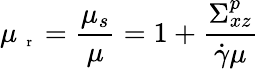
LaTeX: \mu_{\mathrm{~\scriptsize~r~}}=\frac{\mu_{s}}{\mu}=1+\frac{\Sigma_{xz}^{p}}{\dot{\gamma}\mu}